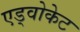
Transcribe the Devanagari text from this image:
एड्वोकेट